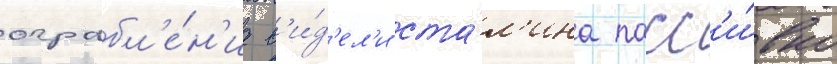
ограбл'е́н'иа в'и́д'ел'и ста́л'ина пасс'и́вно